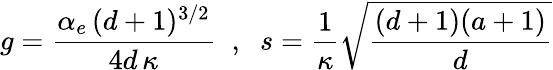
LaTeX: g={\frac{\alpha_{e}\, (d+1)^{3/2}}{4d\, \kappa}}\; \; ,\; \; s={\frac{1}{\kappa}}{\sqrt{\frac{(d+1)(a+1)}{d}}}